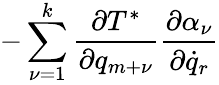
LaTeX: -\sum_{\nu=1}^{k}\frac{\partial T^{*}}{\partial q_{m+\nu}}\frac{\partial\alpha_{\nu}}{\partial{\dot{q}_{r}}}